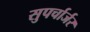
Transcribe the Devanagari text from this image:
सुपर्चार्जर